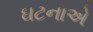
ઘટનાએ